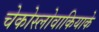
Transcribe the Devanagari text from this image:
चेकोस्लोवाकियाके